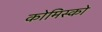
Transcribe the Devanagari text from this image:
कोमिस्को